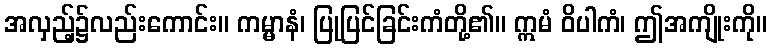
အလှည့်၌လည်းကောင်း။ ကမ္မာနံ၊ ပြုပြင်ခြင်းကံတို့၏။ ဣမံ ဝိပါကံ၊ ဤအကျိုးကို။